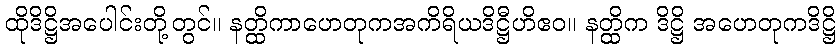
ထိုဒိဋ္ဌိအပေါင်းတို့တွင်။ နတ္ထိကာဟေတုကအကိရိယဒိဋ္ဌီဟိဧဝ။ နတ္ထိက ဒိဋ္ဌိ အဟေတုကဒိဋ္ဌိ